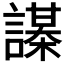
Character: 𧬔